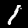
Digit: 1